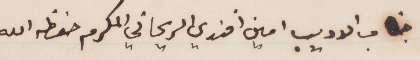
خطاب الأديب أمين أفندي الريحاني في المكرم حفظه الله